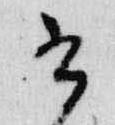
書